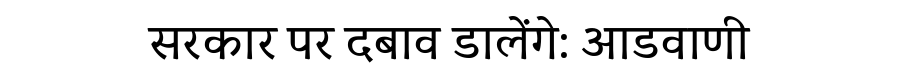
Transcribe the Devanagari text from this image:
सरकार पर दबाव डालेंगे: आडवाणी